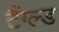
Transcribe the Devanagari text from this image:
टैंग्ल्ड